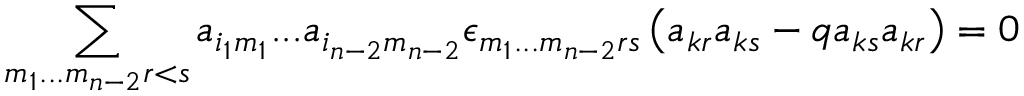
\sum _ { m _ { 1 } . . . m _ { n - 2 } r < s } a _ { i _ { 1 } m _ { 1 } } . . . a _ { i _ { n - 2 } m _ { n - 2 } } \epsilon _ { m _ { 1 } . . . m _ { n - 2 } r s } \left( a _ { k r } a _ { k s } - q a _ { k s } a _ { k r } \right) = 0